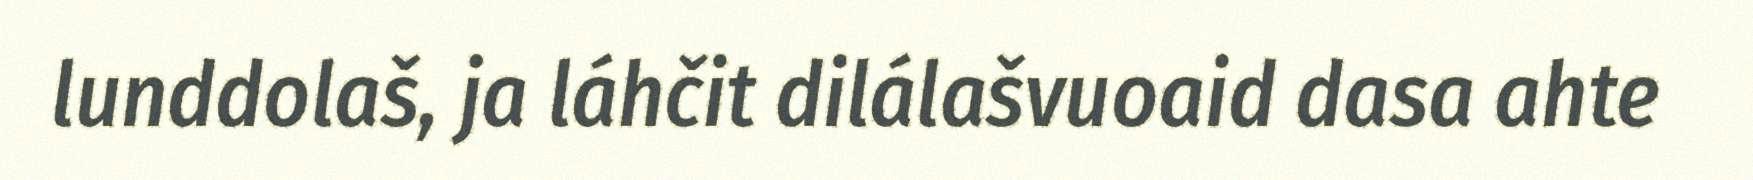
lunddolaš, ja láhčit dilálašvuoaid dasa ahte